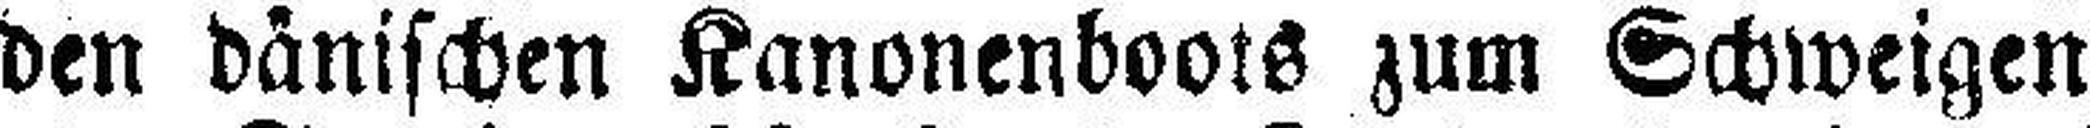
den dänischen Kanonenboots zum Schweigen.